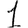
Digit: 1